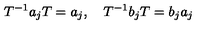
T ^ { - 1 } a _ { j } T = a _ { j } , \quad T ^ { - 1 } b _ { j } T = b _ { j } a _ { j }